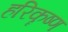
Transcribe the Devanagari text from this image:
हरिकॄष्ण